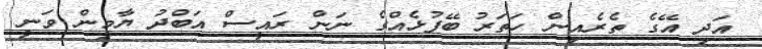
އަދި އޭގެ ތެރެއިން ހަތަރު ބޭފުޅެއްގެ ނަން ރައީސް އަބްދު ޔާމީން ވަނީ